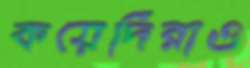
কয়েদিরাও